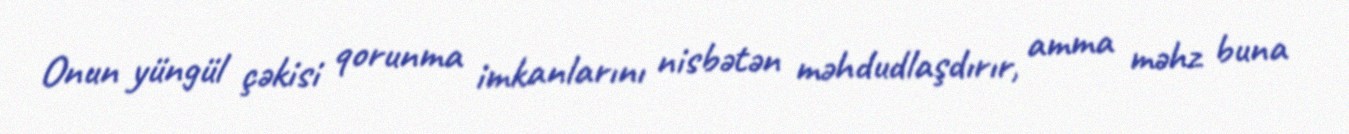
Onun yüngül çəkisi qorunma imkanlarını nisbətən məhdudlaşdırır, amma məhz buna